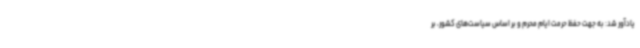
یادآور شد: به جهت حفظ حرمت ایام محرم و بر اساس سیاست‌های کشور، بر